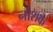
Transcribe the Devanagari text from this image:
नौशक